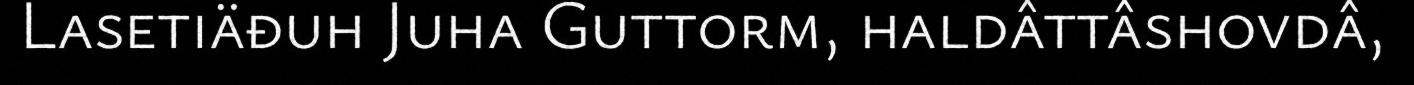
Lasetiäđuh Juha Guttorm, haldâttâshovdâ,